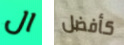
ال كأفضل